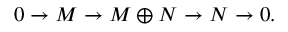
0 \to M \to M \oplus N \to N \to 0 .